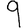
Digit: 9